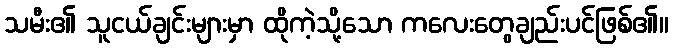
သမီး၏ သူငယ်ချင်းများမှာ ထိုကဲ့သို့သော ကလေးတွေချည်းပင်ဖြစ်၏။